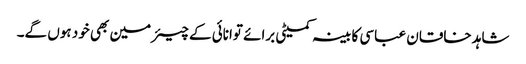
شاہد خاقان عباسی کابینہ کمیٹی برائے توانائی کے چیئرمین بھی خود ہوں گے۔